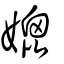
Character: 媲